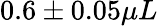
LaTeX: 0.6\pm 0.05\mu L